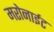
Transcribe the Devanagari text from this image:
मरोनाईट